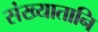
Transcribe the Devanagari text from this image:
संख्यातानि